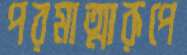
পরমাত্মারূপে